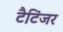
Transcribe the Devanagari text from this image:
टैटिंजर